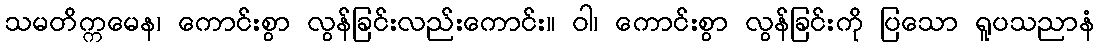
သမတိက္ကမေန၊ ကောင်းစွာ လွန်ခြင်းလည်းကောင်း။ ဝါ၊ ကောင်းစွာ လွန်ခြင်းကို ပြသော ရူပသညာနံ